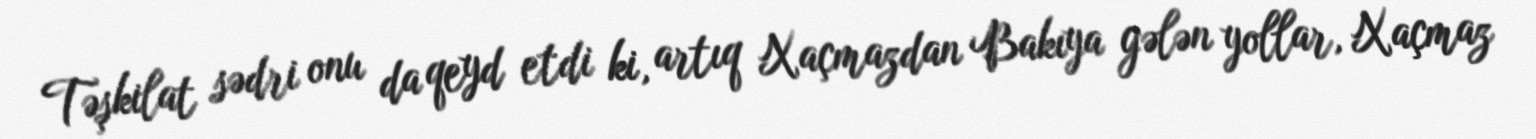
Təşkilat sədri onu da qeyd etdi ki, artıq Xaçmazdan Bakıya gələn yollar, Xaçmaz